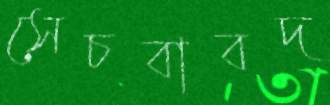
সেচবাবদ